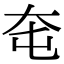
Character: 𡗥